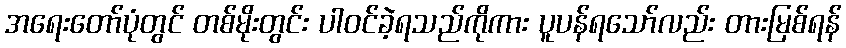
အရေးတော်ပုံတွင် တစ်မိုးတွင်း ပါဝင်ခဲ့ရသည်ကိုကား ပူပန်ရသော်လည်း တားမြစ်ရန်